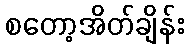
စတော့အိတ်ချိန်း